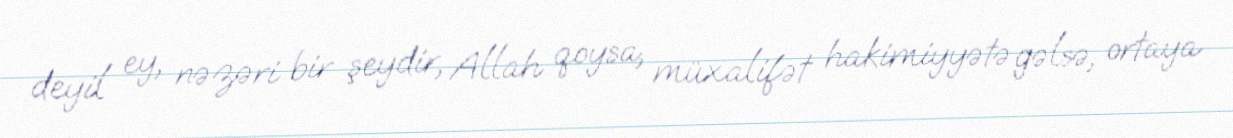
deyil ey, nəzəri bir şeydir, Allah qoysa, müxalifət hakimiyyətə gəlsə, ortaya